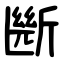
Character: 㫁